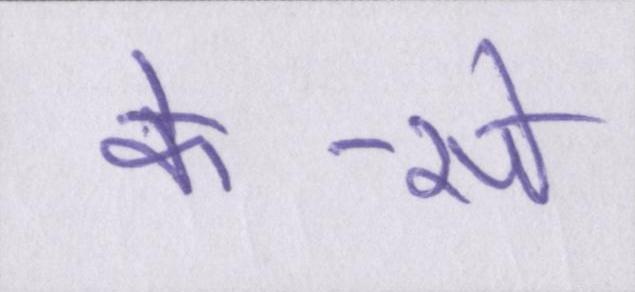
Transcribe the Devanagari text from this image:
के-से